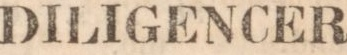
DILIGENCER